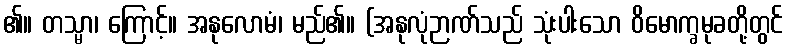
၏။ တသ္မာ၊ ကြောင့်။ အနုလောမံ၊ မည်၏။ (အနုလုံဉာဏ်သည် သုံးပါးသော ဝိမောက္ခမုခတို့တွင်